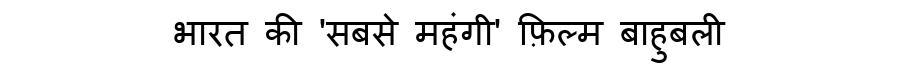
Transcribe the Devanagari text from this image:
भारत की 'सबसे महंगी' फ़िल्म बाहुबली